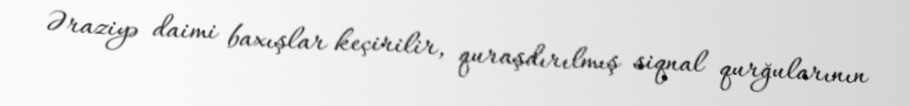
Əraziyə daimi baxışlar keçirilir, quraşdırılmış siqnal qurğularının